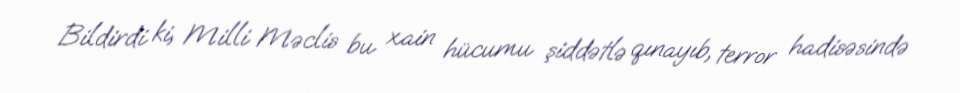
Bildirdi ki, Milli Məclis bu xain hücumu şiddətlə qınayıb, terror hadisəsində